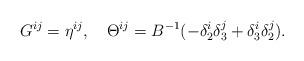
LaTeX: \begin{align*}G^{ij}=\eta^{ij}, \ \ \ \Theta^{ij}=B^{-1}(-\delta^i_2\delta^j_3 +\delta^i_3\delta^j_2).\end{align*}